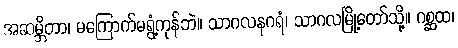
အဆမ္ဘိတာ၊ မကြောက်မရွံ့ကုန်ဘဲ။ သာဂလနဂရံ၊ သာဂလမြို့တော်သို့။ ဂစ္ဆထ၊